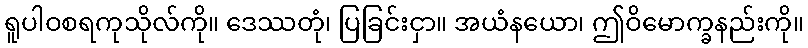
ရူပါဝစရကုသိုလ်ကို။ ဒေဿတုံ၊ ပြခြင်းငှာ။ အယံနယော၊ ဤဝိမောက္ခနည်းကို။